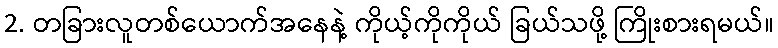
2. တခြားလူတစ်ယောက်အနေနဲ့ ကိုယ့်ကိုကိုယ် ခြယ်သဖို့ ကြိုးစားရမယ်။